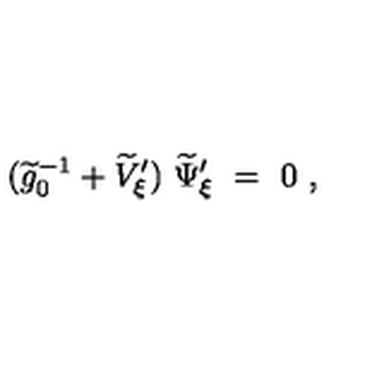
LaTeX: ( \widetilde g _ { 0 } ^ { - 1 } + \widetilde V _ { \xi } ^ { \prime } ) \ \widetilde \Psi _ { \xi } ^ { \prime } \ = \ 0 \ ,